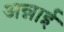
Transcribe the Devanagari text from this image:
अन्नाई